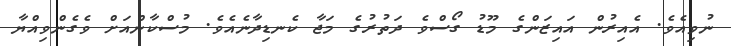
ނުވިއެވެ. އެއިރުން އައިޒަންގެ މޫޑު ގޯސްވެ ދަތުރުގެ މަޖާ ކެނޑިދާނެއެވެ. މުސްކާންއަށް ވެގެންވިއްޔާ